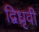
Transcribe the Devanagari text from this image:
द्विध्रृवी